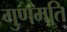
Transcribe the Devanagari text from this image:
गुणमति